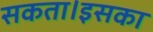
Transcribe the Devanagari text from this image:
सकता।इसका